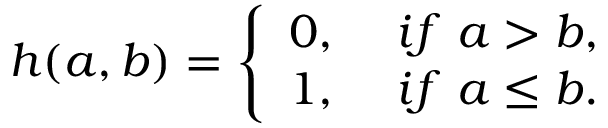
h ( a , b ) = \left\{ \begin{array} { l l } { 0 , \ } & { i f \ a > b , } \\ { 1 , \ } & { i f \ a \leq b . } \end{array} \right.